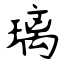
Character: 璃